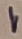
Text: 1